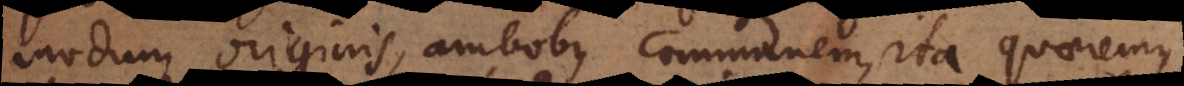
modum originis, ambobus communem, ita quaeremus